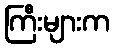
ကြီးများက